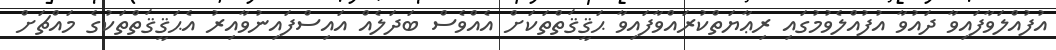
އުފުއްލަވާފައިވާ ދައުވާ އުފުއްލެވުމުގައި ރިޢާޔަތްކުރައްވާފައިވާ ޙަޤީޤަތްތަކަށް އެއްވެސް ބަދަލެއް އައިސްފައިނުވާއިރު އެޙަޤީޤަތްތަކުގެ މައްޗަށް